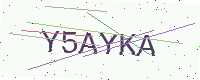
Text: Y5AYKA